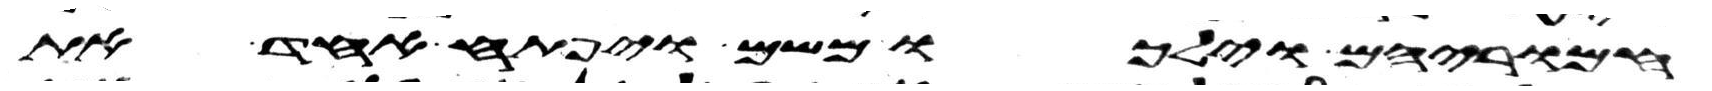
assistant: חמריהם וילכו משם ויפתח אחד את